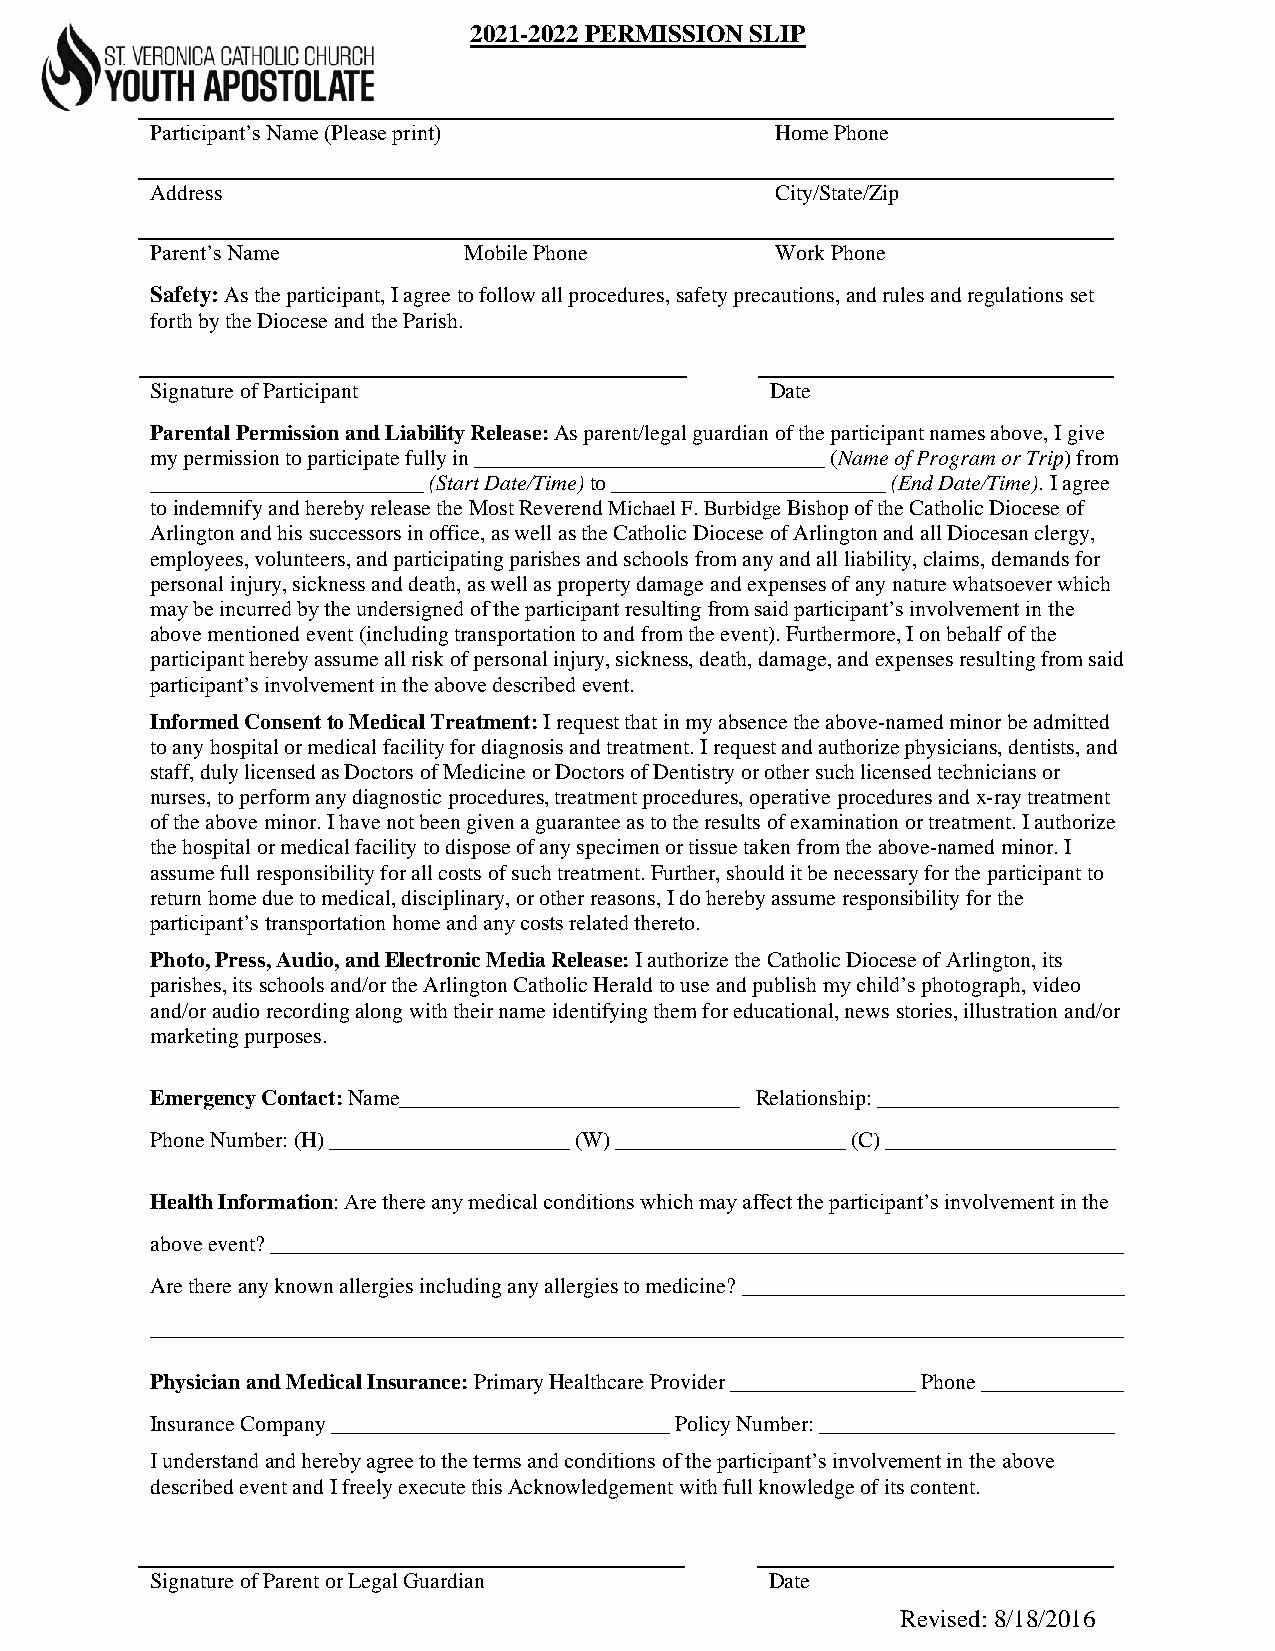
2021-2022 PERMISSION SLIP
 Participant’s Name (Please print)        Home Phone
 Address                                  City/State/Zip
 Parent’s Name        Mobile Phone        Work Phone
 Safety: As the participant, I agree to follow all procedures, safety precautions, and rules and regulations set
 forth by the Diocese and the Parish.
 Signature of Participant                 Date
 Parental Permission and Liability Release: As parent/legal guardian of the participant names above, I give
 my permission to participate fully in ________________________________ (Name of Program or Trip) from
 _________________________ (Start Date/Time) to _________________________ (End Date/Time). I agree
 to indemnify and hereby release the Most Reverend Michael F. Burbidge Bishop of the Catholic Diocese of
 Arlington and his successors in office, as well as the Catholic Diocese of Arlington and all Diocesan clergy,
 employees, volunteers, and participating parishes and schools from any and all liability, claims, demands for
 personal injury, sickness and death, as well as property damage and expenses of any nature whatsoever which
 may be incurred by the undersigned of the participant resulting from said participant’s involvement in the
 above mentioned event (including transportation to and from the event). Furthermore, I on behalf of the
 participant hereby assume all risk of personal injury, sickness, death, damage, and expenses resulting from said
 participant’s involvement in the above described event.
 Informed Consent to Medical Treatment: I request that in my absence the above-named minor be admitted
 to any hospital or medical facility for diagnosis and treatment. I request and authorize physicians, dentists, and
 staff, duly licensed as Doctors of Medicine or Doctors of Dentistry or other such licensed technicians or
 nurses, to perform any diagnostic procedures, treatment procedures, operative procedures and x-ray treatment
 of the above minor. I have not been given a guarantee as to the results of examination or treatment. I authorize
 the hospital or medical facility to dispose of any specimen or tissue taken from the above-named minor. I
 assume full responsibility for all costs of such treatment. Further, should it be necessary for the participant to
 return home due to medical, disciplinary, or other reasons, I do hereby assume responsibility for the
 participant’s transportation home and any costs related thereto.
 Photo, Press, Audio, and Electronic Media Release: I authorize the Catholic Diocese of Arlington, its
 parishes, its schools and/or the Arlington Catholic Herald to use and publish my child’s photograph, video
 and/or audio recording along with their name identifying them for educational, news stories, illustration and/or
 marketing purposes.
 Emergency Contact: Name_______________________________ Relationship: ______________________
 Phone Number: (H) ______________________ (W) _____________________ (C) _____________________
 Health Information: Are there any medical conditions which may affect the participant’s involvement in the
 above event? ______________________________________________________________________________
 Are there any known allergies including any allergies to medicine? ___________________________________
 _________________________________________________________________________________________
 Physician and Medical Insurance: Primary Healthcare Provider _________________ Phone _____________
 Insurance Company _______________________________ Policy Number: ___________________________
 I understand and hereby agree to the terms and conditions of the participant’s involvement in the above
 described event and I freely execute this Acknowledgement with full knowledge of its content.
 Signature of Parent or Legal Guardian    Date
 Revised: 8/18/2016